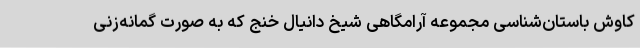
کاوش باستان‌شناسی مجموعه آرامگاهی شیخ دانیال خنج که به صورت گمانه‌زنی